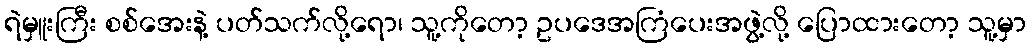
ရဲမှူးကြီး စစ်အေးနဲ့ ပတ်သက်လို့ရော၊ သူ့ကိုတော့ ဥပဒေအကြံပေးအဖွဲ့လို့ ပြောထားတော့ သူ့မှာ